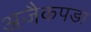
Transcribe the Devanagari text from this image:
अजैकपडा